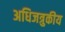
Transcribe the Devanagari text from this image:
अधिजत्रुकीय